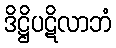
ဒိဋ္ဌိပဋိလာဘံ